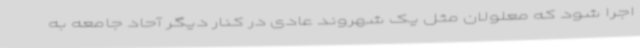
اجرا شود که معلولان مثل یک شهروند عادی در کنار دیگر آحاد جامعه به